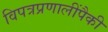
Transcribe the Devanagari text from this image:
विपत्रप्रणालींपैकी